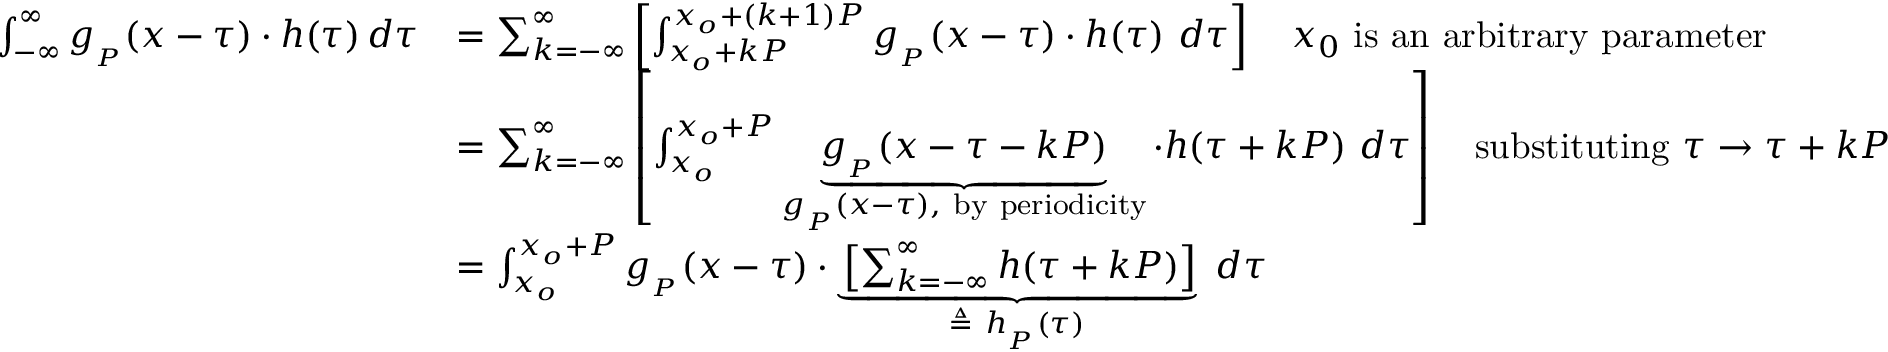
{ \begin{array} { r l } { \int _ { - \infty } ^ { \infty } g _ { _ { P } } ( x - \tau ) \cdot h ( \tau ) \, d \tau } & { = \sum _ { k = - \infty } ^ { \infty } \left[ \int _ { x _ { o } + k P } ^ { x _ { o } + ( k + 1 ) P } g _ { _ { P } } ( x - \tau ) \cdot h ( \tau ) \ d \tau \right] \quad x _ { 0 } { \mathrm { ~ i s ~ a n ~ a r b i t r a r y ~ p a r a m e t e r } } } \\ & { = \sum _ { k = - \infty } ^ { \infty } \left[ \int _ { x _ { o } } ^ { x _ { o } + P } \underbrace { g _ { _ { P } } ( x - \tau - k P ) } _ { g _ { _ { P } } ( x - \tau ) , { \mathrm { ~ b y ~ p e r i o d i c i t y } } } \cdot h ( \tau + k P ) \ d \tau \right] \quad { \mathrm { s u b s t i t u t i n g ~ } } \tau \rightarrow \tau + k P } \\ & { = \int _ { x _ { o } } ^ { x _ { o } + P } g _ { _ { P } } ( x - \tau ) \cdot \underbrace { \left[ \sum _ { k = - \infty } ^ { \infty } h ( \tau + k P ) \right] } _ { \triangleq \ h _ { _ { P } } ( \tau ) } \ d \tau } \end{array} }